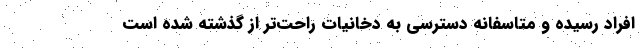
افراد رسیده و متاسفانه دسترسی به دخانیات راحت‌تر از گذشته شده است